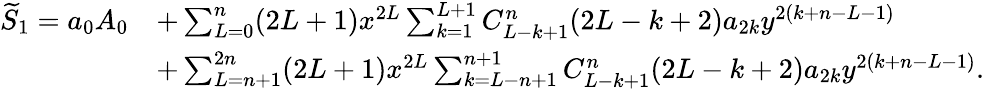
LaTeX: \begin{array}{rl}{\widetilde{S}_{1}=a_{0}A_{0}}&{+\sum_{L=0}^{n}(2L+1)x^{2L}\sum_{k=1}^{L+1}C_{L-k+1}^{n}(2L-k+2)a_{2k}y^{2(k+n-L-1)}}\\ &{+\sum_{L=n+1}^{2n}(2L+1)x^{2L}\sum_{k=L-n+1}^{n+1}C_{L-k+1}^{n}(2L-k+2)a_{2k}y^{2(k+n-L-1)}.}\end{array}